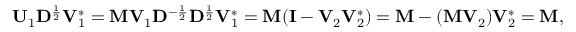
\mathbf { U } _ { 1 } \mathbf { D } ^ { \frac { 1 } { 2 } } \mathbf { V } _ { 1 } ^ { * } = \mathbf { M } \mathbf { V } _ { 1 } \mathbf { D } ^ { - { \frac { 1 } { 2 } } } \mathbf { D } ^ { \frac { 1 } { 2 } } \mathbf { V } _ { 1 } ^ { * } = \mathbf { M } ( \mathbf { I } - \mathbf { V } _ { 2 } \mathbf { V } _ { 2 } ^ { * } ) = \mathbf { M } - ( \mathbf { M } \mathbf { V } _ { 2 } ) \mathbf { V } _ { 2 } ^ { * } = \mathbf { M } ,